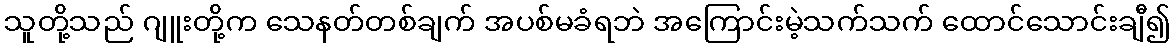
သူတို့သည် ဂျူးတို့က သေနတ်တစ်ချက် အပစ်မခံရဘဲ အကြောင်းမဲ့သက်သက် ထောင်သောင်းချီ၍